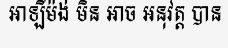
អាឡឺម៉ង់ មិន អាច អនុវត្ត បាន